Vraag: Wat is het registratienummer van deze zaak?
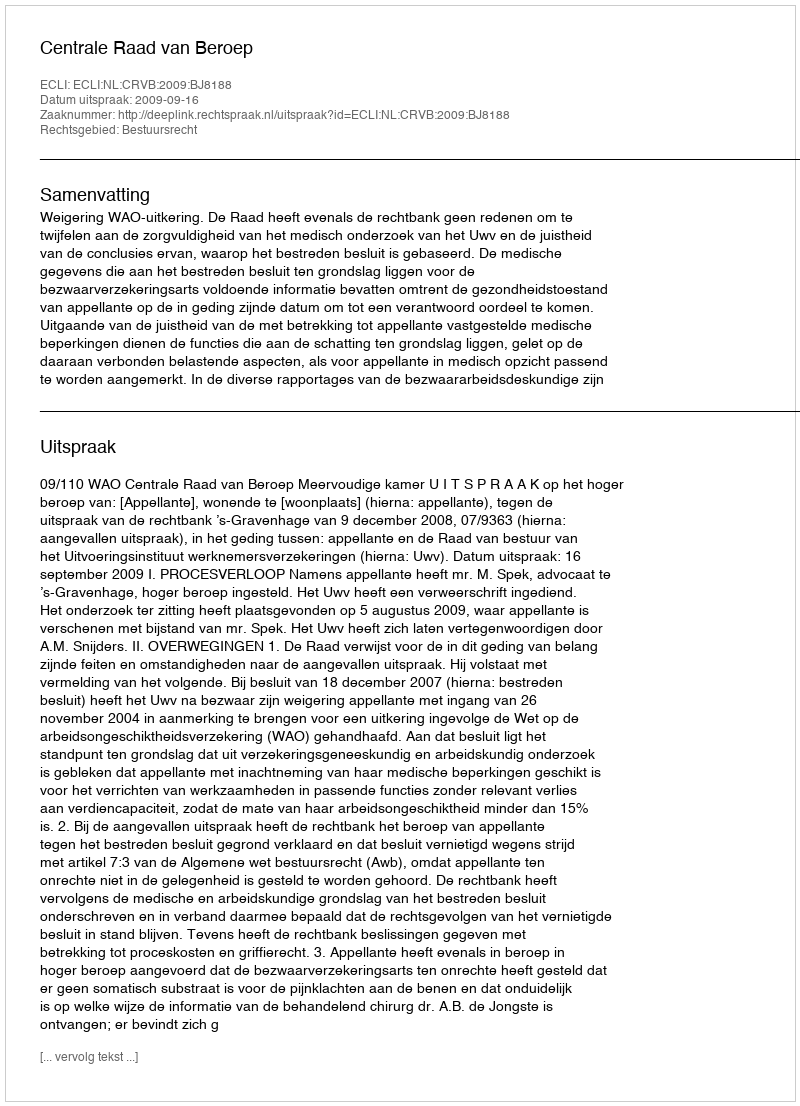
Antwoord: http://deeplink.rechtspraak.nl/uitspraak?id=ECLI:NL:CRVB:2009:BJ8188